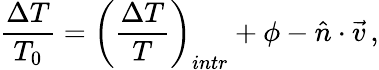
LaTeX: \frac{\Delta T}{T_{0}}=\left(\frac{\Delta T}{T}\right)_{intr}+\phi-{\hat{n}}\cdot\vec{v}\, ,